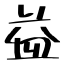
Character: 益